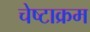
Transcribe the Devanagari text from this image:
चेष्टाक्रम